Lunatic asylums Burma 1907-21 - 1907-1921
Year: 1907
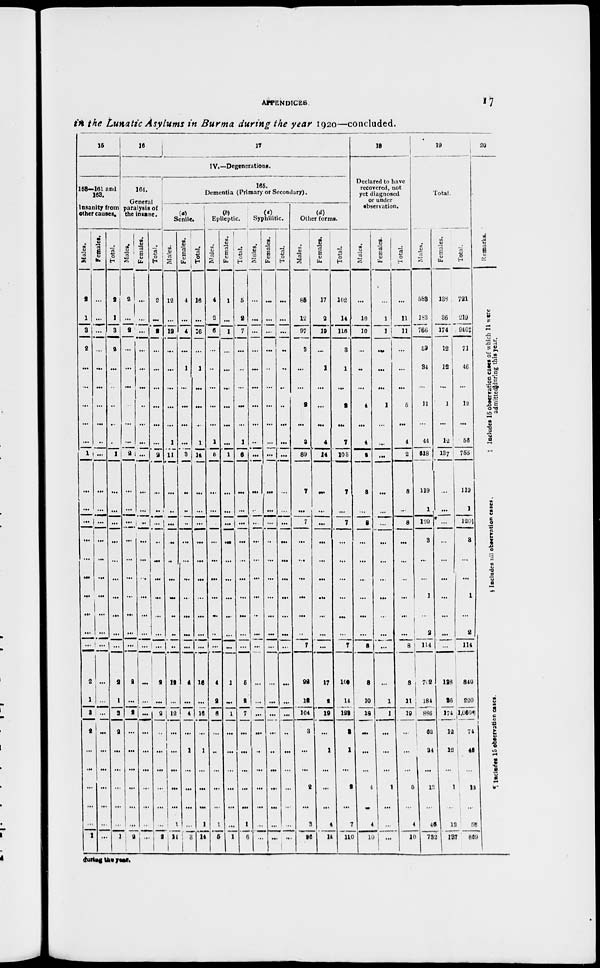
APPENDICES
17
in the Lunatic Asylums in Burma during the year 1920—concluded.
16
158—161 and
168.
Insanity from
other causes.
Males.
2
1
3
2
...
...
...
...
...
1
...
...
...
...
...
...
...
...
...
...
2
1
3
2
...
...
...
...
...
1
Females.
...
...
...
...
...
...
...
...
...
...
...
...
...
...
...
...
...
...
...
...
...
...
...
...
...
...
...
...
...
...
Total.
2
1
3
2
...
...
...
...
...
1
...
...
...
...
...
...
...
...
...
...
2
1
3
2
...
...
...
...
...
1
16
17
IV.—Degenerations.
164.
General
paralysis of
the insane.
Males.
2
...
2
...
...
...
...
...
...
2
...
...
...
....
...
...
...
...
...
...
2
...
2
...
...
...
...
...
...
2
Females.
...
...
...
...
...
...
...
...
...
...
...
...
...
...
...
...
...
...
...
...
...
...
...
...
...
...
...
...
...
...
Total.
2
...
2
...
...
...
...
...
...
2
...
...
...
...
...
...
...
...
...
...
2
...
2
...
...
...
...
...
2
165.
Dementia (Primary or Secondary).
(a)
Senile.
Males.
12
...
12
...
...
...
...
...
1
11
...
...
...
...
...
...
...
...
...
...
12
...
12
...
...
...
...
...
1
11
Females.
4
...
4
...
1
...
...
...
...
3
...
...
...
...
...
...
...
...
...
...
4
...
4
...
1
...
...
...
...
3
Total.
16
...
16
...
1
...
...
...
1
14
...
...
...
...
...
...
...
...
...
...
16
...
16
...
1
...
...
...
1
14
(b)
Epileptic.
Males.
4
3
6
...
...
...
...
...
1
5
...
...
...
...
...
...
...
...
...
...
4
2
6
...
...
...
...
...
1
5
Females.
1
...
1
...
...
...
...
...
...
1
...
...
...
...
...
...
...
...
...
...
1
...
1
...
...
...
...
...
...
1
Total.
5
2
7
...
...
...
...
...
1
6
...
...
...
...
...
...
...
...
...
...
5
2
7
...
...
...
...
...
1
6
(c)
Syphilitic.
Males.
...
...
...
...
...
...
...
...
...
...
...
...
...
...
...
...
...
...
...
...
...
...
...
...
...
...
...
...
...
...
Females.
...
...
...
...
...
...
...
...
...
...
...
...
...
...
...
...
...
...
...
...
...
...
...
...
...
...
...
...
...
...
Total.
...
...
...
...
...
...
...
...
...
...
...
...
...
...
...
...
...
...
...
...
...
...
...
...
...
...
...
...
...
...
(d)
Other forms.
Males.
85
12
97
3
...
...
2
...
3
89
7
...
7
...
...
...
...
...
...
7
92
12
104
3
...
...
2
...
3
96
Females.
17
2
19
...
1
...
...
...
4
14
...
...
...
...
...
...
...
...
...
...
17
2
19
...
1
...
...
...
4
14
Total.
102
14
116
3
1
...
2
...
7
103
7
...
7
...
...
...
...
...
...
7
109
14
122
3
1
...
2
...
7
110
18
Declared to have
recovered, not
yet diagnosed
or under
observation.
Males.
...
10
10
...
...
...
4
...
4
2
8
...
8
...
...
...
...
...
...
8
8
10
18
...
...
...
4
...
4
10
Females.
...
1
1
...
...
...
1
...
...
...
...
...
...
...
...
...
...
...
...
...
...
1
1
...
...
...
1
...
...
...
Total.
...
11
11
...
...
...
5
...
4
2
8
...
8
...
...
...
...
...
...
8
8
11
19
...
...
...
5
...
4
10
19
Total.
Males.
583
183
766
59
34
...
11
...
44
618
119
1
120
3
...
...
1
...
2
114
702
184
886
62
34
...
12
...
46
732
Females.
138
36
174
12
12
...
1
...
12
137
...
...
...
...
...
...
...
...
...
...
138
36
174
12
12
...
1
...
12
137
Total.
721
219
940‡
71
46
...
12
...
56
755
119
1
120§
3
...
...
1
...
2
114
840
220
1,060¶
74
46
...
13
...
58
869
20
Remarks.
‡Includes
15 observation cases of which 11 were
admitted during
this year.
§Includes
nil observation cases.
¶ lncludes 15 observation cases.
during the year.